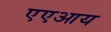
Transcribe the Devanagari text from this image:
एएआय